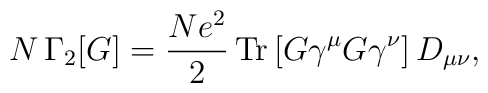
N\,\Gamma_2 [G]=\frac{Ne^2}{2}\,{\rm Tr}  \left[ G\gamma^\mu G\gamma^\nu \right]D_{\mu\nu},